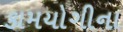
કામયોગીના